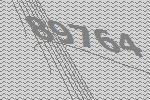
89764